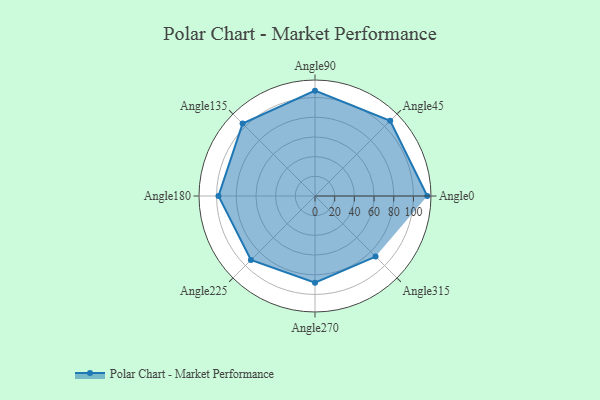
{"axis": {"x": "Angle", "y": "Radius"}, "legend": [""], "data": [{"x": "Angle0", "y": 114.0, "type": ""}, {"x": "Angle45", "y": 108.0, "type": ""}, {"x": "Angle90", "y": 107.0, "type": ""}, {"x": "Angle135", "y": 104.0, "type": ""}, {"x": "Angle180", "y": 98.0, "type": ""}, {"x": "Angle225", "y": 92.0, "type": ""}, {"x": "Angle270", "y": 88.0, "type": ""}, {"x": "Angle315", "y": 87.0, "type": ""}]}